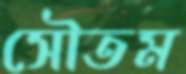
সৌতম